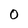
Character: 0